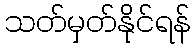
သတ်မှတ်နိုင်ရန်